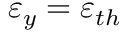
\varepsilon _ { y } = \varepsilon _ { t h }